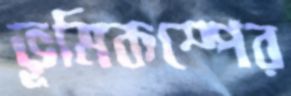
ভূমিকম্পের